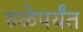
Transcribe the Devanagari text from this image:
रुळेपर्यंत